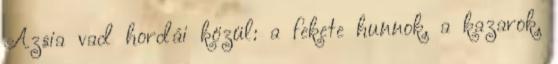
Ázsia vad hordái közül: a fekete hunnok, a kazarok,